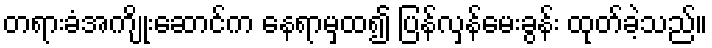
တရားခံအကျိုးဆောင်က နေရာမှထ၍ ပြန်လှန်မေးခွန်း ထုတ်ခဲ့သည်။